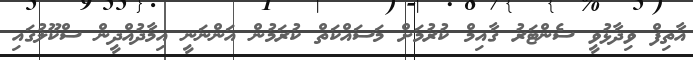
އާތިފް ވިދާޅުވީ ސެންޓަރު ގާއިމް ކުރުމަށް މަސައްކަތް ކުރަމުން އަންނަނީ އިމާދުއްދީން ސްކޫލުގައި